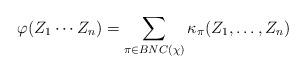
LaTeX: \begin{align*}\varphi(Z_1\cdots Z_n) = \sum_{\pi \in BNC(\chi)} \kappa_\pi(Z_1, \ldots, Z_n) \end{align*}